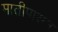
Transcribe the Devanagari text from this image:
मातीपासुन